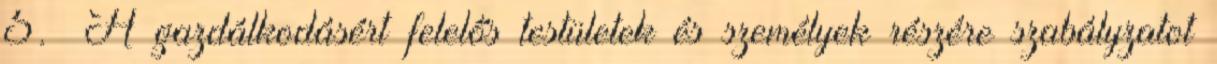
5.§ A gazdálkodásért felelős testületek és személyek részére szabályzatot